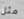
مثل